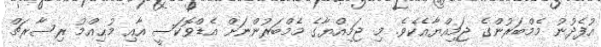
އުފެދުނު މެމްބަރުންގެ ޖަމިއްޔާއެކެވެ. މި ޖަމިއްޔާގެ މެމްބަރުންނަށް އެޑްވޮކަސީ އާއި މުޙިއްމު ރިސާރޗް